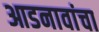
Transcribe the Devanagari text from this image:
आडनावांचा